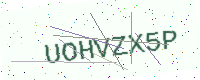
Text: UOHVZX5P